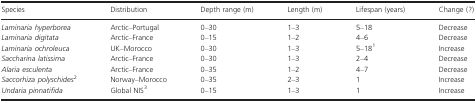
<table><thead><tr><td><b>Species</b></td><td><b>Distribution</b></td><td><b>Depth range (m)</b></td><td><b>Length (m)</b></td><td><b>Lifespan (years)</b></td><td><b>Change (?)</b></td></tr></thead><tbody><tr><td><i>Laminaria hyperborea</i></td><td>Arctic–Portugal</td><td>0–30</td><td>1–3</td><td>5–18</td><td>Decrease</td></tr><tr><td><i>Laminaria digitata</i></td><td>Arctic–France</td><td>0–15</td><td>1–2</td><td>4–6</td><td>Decrease</td></tr><tr><td><i>Laminaria ochroleuca</i></td><td>UK–Morocco</td><td>0–30</td><td>1–3</td><td>5–181</td><td>Increase</td></tr><tr><td><i>Saccharina latissima</i></td><td>Arctic–France</td><td>0–30</td><td>1–3</td><td>2–4</td><td>Decrease</td></tr><tr><td><i>Alaria esculenta</i></td><td>Arctic–France</td><td>0–35</td><td>1–2</td><td>4–7</td><td>Decrease</td></tr><tr><td><i>Saccorhiza polyschides</i>2</td><td>Norway–Morocco</td><td>0–35</td><td>2–3</td><td>1</td><td>Increase</td></tr><tr><td><i>Undaria pinnatifida</i></td><td>Global NIS3</td><td>0–15</td><td>1–3</td><td>1</td><td>Increase</td></tr></tbody></table>